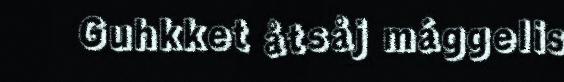
Guhkket åtsåj mággelis